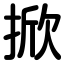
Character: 掀